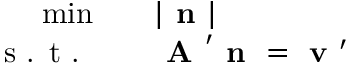
\begin{array} { r l } { \operatorname* { m i n } \quad } & { { } | \textbf { n } | } \\ { \textrm { s . t . } \quad } & { { } \textbf { A } ^ { \prime } \textbf { n } = \textbf { v } ^ { \prime } } \end{array}